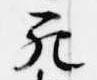
死